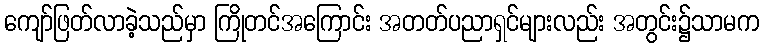
ကျော်ဖြတ်လာခဲ့သည်မှာ ကြိုတင်အကြောင်း အတတ်ပညာရှင်များလည်း အတွင်း၌သာမက